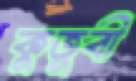
কুতুবী